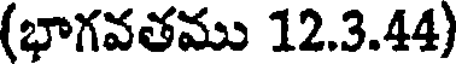
(భాగవతము 12.3.44)